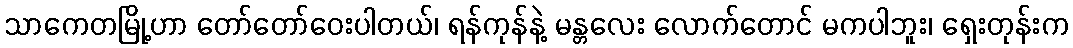
သာကေတမြို့ဟာ တော်တော်ဝေးပါတယ်၊ ရန်ကုန်နဲ့ မန္တလေး လောက်တောင် မကပါဘူး၊ ရှေးတုန်းက